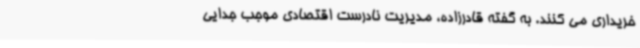
خریداری می کنند. به گفته قادرزاده، مدیریت نادرست اقتصادی موجب جدایی